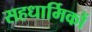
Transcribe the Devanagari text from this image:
सहधार्मिकों